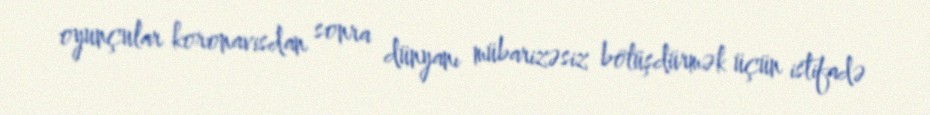
oyunçular koronavisdan sonra dünyanı mübarizəsiz bölüşdürmək üçün istifadə